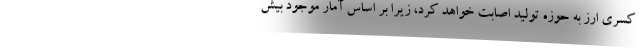
کسری ارز به حوزه تولید اصابت خواهد کرد، زیرا بر اساس آمار موجود بیش